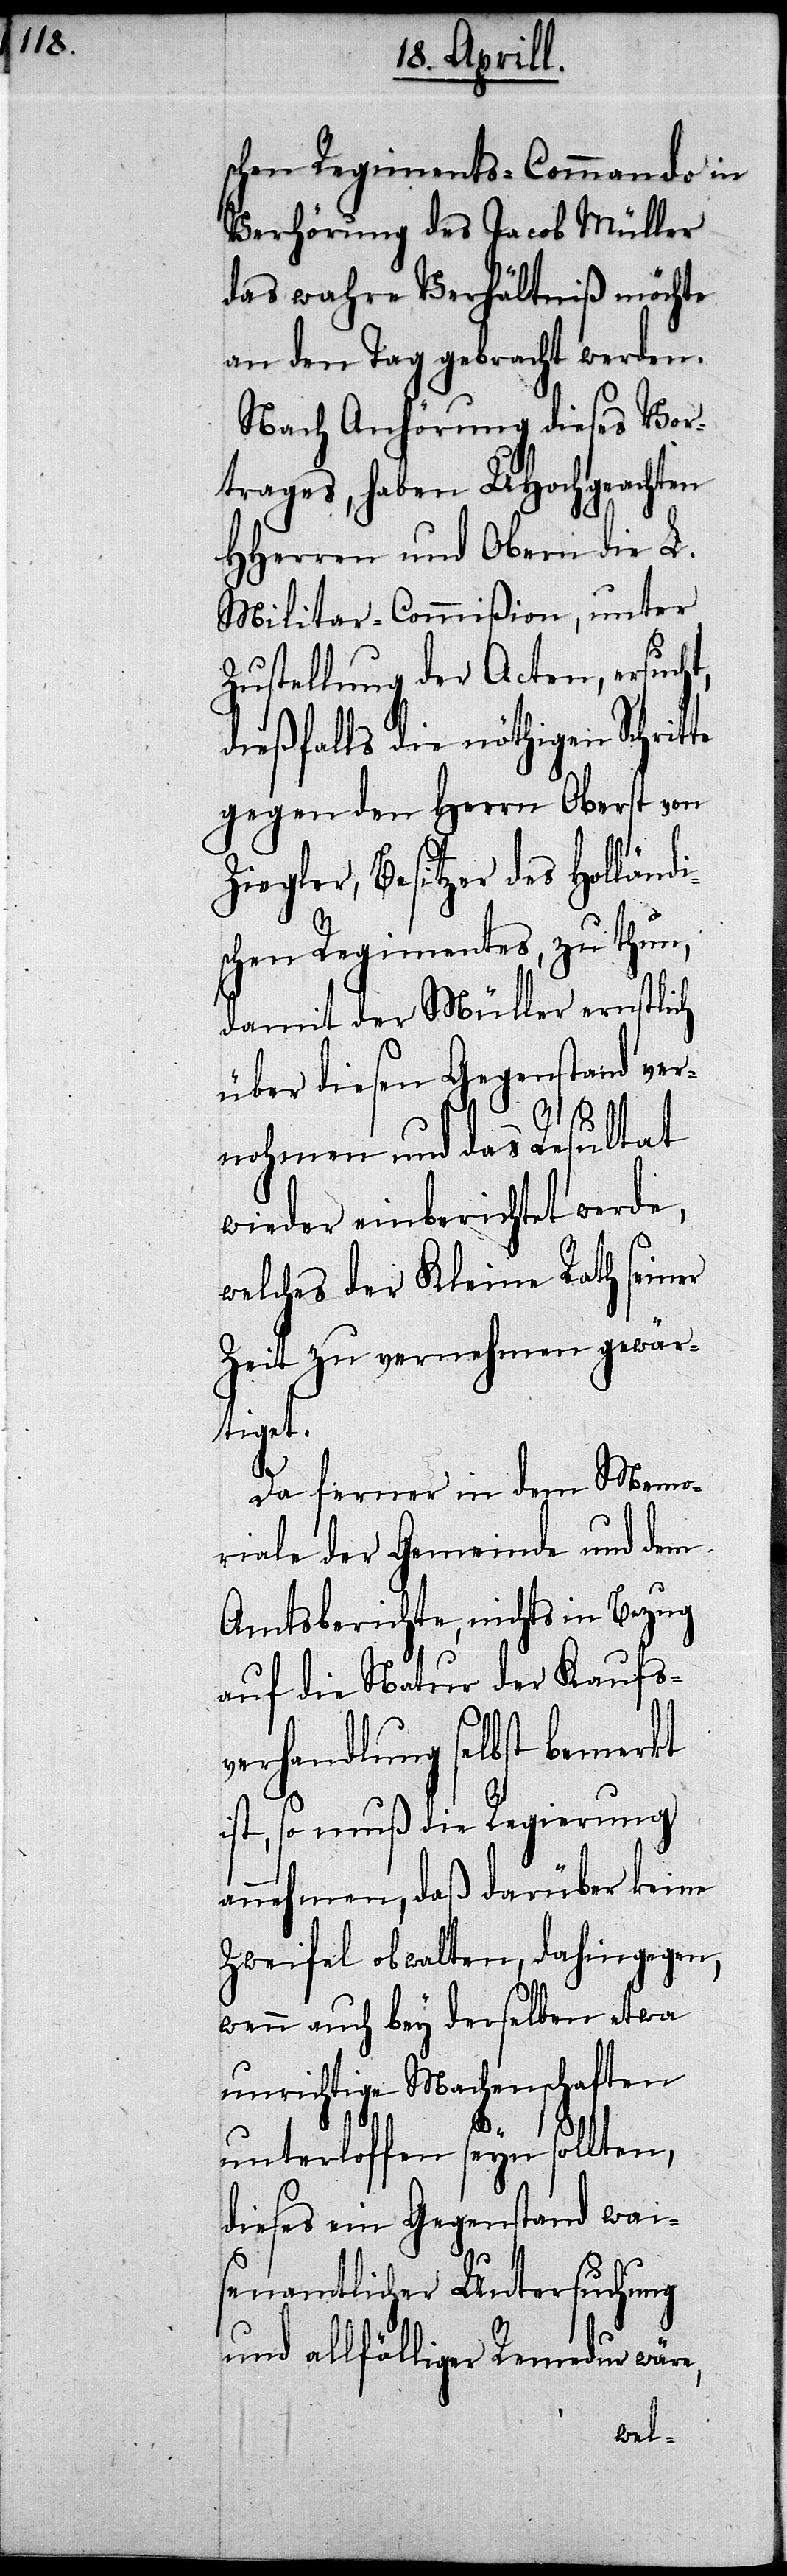
schen Regiments-Commando in
Verhörung des Jacob Müller
das wahre Verhältniß möchte
an den Tag gebracht werden.
Nach Anhörung diese Vor¬
trages, haben UHochgeachten
HHerren und Obern die L.
Militar-Commißion, unter
Zustellung der Acten, ersucht,
dießfalls die nöthigen Schrit¬
gegen den Herrn Oberst von
Ziegler, Besitzer des Holländi¬
schen Regimentes, zu thun,
damit der Müller ernstlich
über diesen Gegenstand ver¬
nohmen und das Resultat
wieder einberichtet werde,
welches der Kleine Rath seiner
Zeit zu vernehmen gewär¬
e,
Da ferner in dem Memo¬
riale der Gemeinde und dem
Amtsberichte, nichts in Bezug
auf die Natur der Kaufs¬
verhandlung selbst bemerkt
ist, so muß die Regierung
annehmen, daß darüber keine
Zweifel obwalten, dahingegen,
wenn auch bey derselben etwa
unrichtige Machenschaften
unterloffen sey sollten,
dieses ein Gegenstand wai¬
senamtlicher Untersuchung
und allfälliger Remedur wär¬